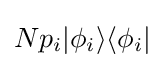
Np_{i}|\phi _{i}\rangle \langle \phi _{i}|